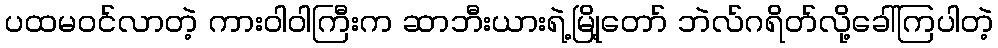
ပထမဝင်လာတဲ့ ကားဝါဝါကြီးက ဆာဘီးယားရဲ့မြို့တော် ဘဲလ်ဂရိတ်လို့ခေါ်ကြပါတဲ့